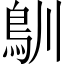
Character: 𩾧